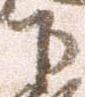
下